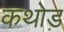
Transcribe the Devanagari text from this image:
कथोड़